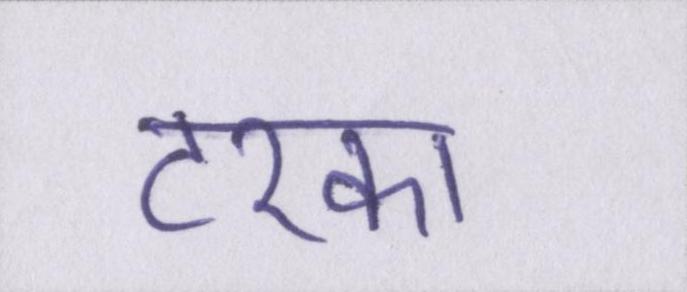
टरका